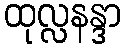
ထုလ္လနန္ဒာ